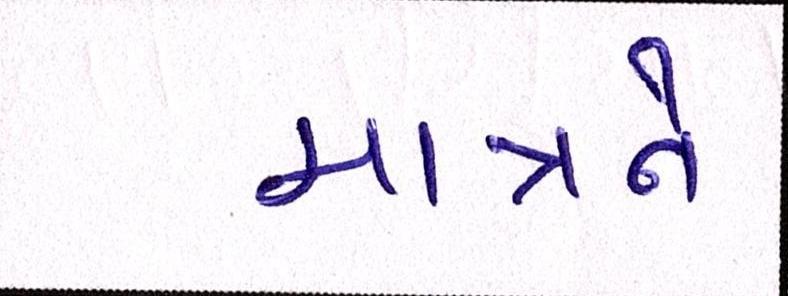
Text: માત્રને